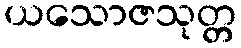
ယသောဇသုတ္တ